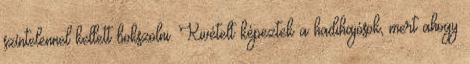
színtelennel kellett bokszolni. Kivételt képeztek a hadihajósok, mert ahogy